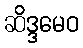
ဆိဒ္ဒမေဝ